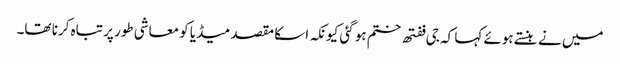
میں نے ہنستے ہوئے کہا کہ جی ففتھ ختم ہو گئی کیونکہ اسکا مقصد میڈیا کو معاشی طور پر تباہ کرنا تھا۔